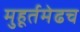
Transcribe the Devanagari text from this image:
मुहूर्तमेढच